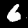
Digit: 6